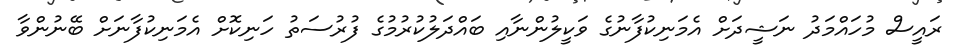
ރައީސް މުހައްމަދު ނަޝީދަށް އެމަނިކުފާނުގެ ވަކީލުންނާއި ބައްދަލުކުރުމުގެ ފުރުސަތު ހަނިކޮށް އެމަނިކުފާނަށް ބޭނުންވާ